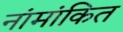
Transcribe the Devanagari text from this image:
नांमांकित